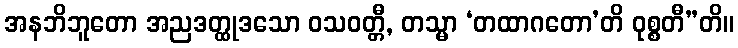
အနဘိဘူတော အညဒတ္ထုဒသော ဝသဝတ္တီ, တသ္မာ ‘တထာဂတော’တိ ဝုစ္စတီ”တိ။